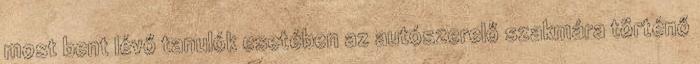
most bent lévő tanulók esetében az autószerelő szakmára történő